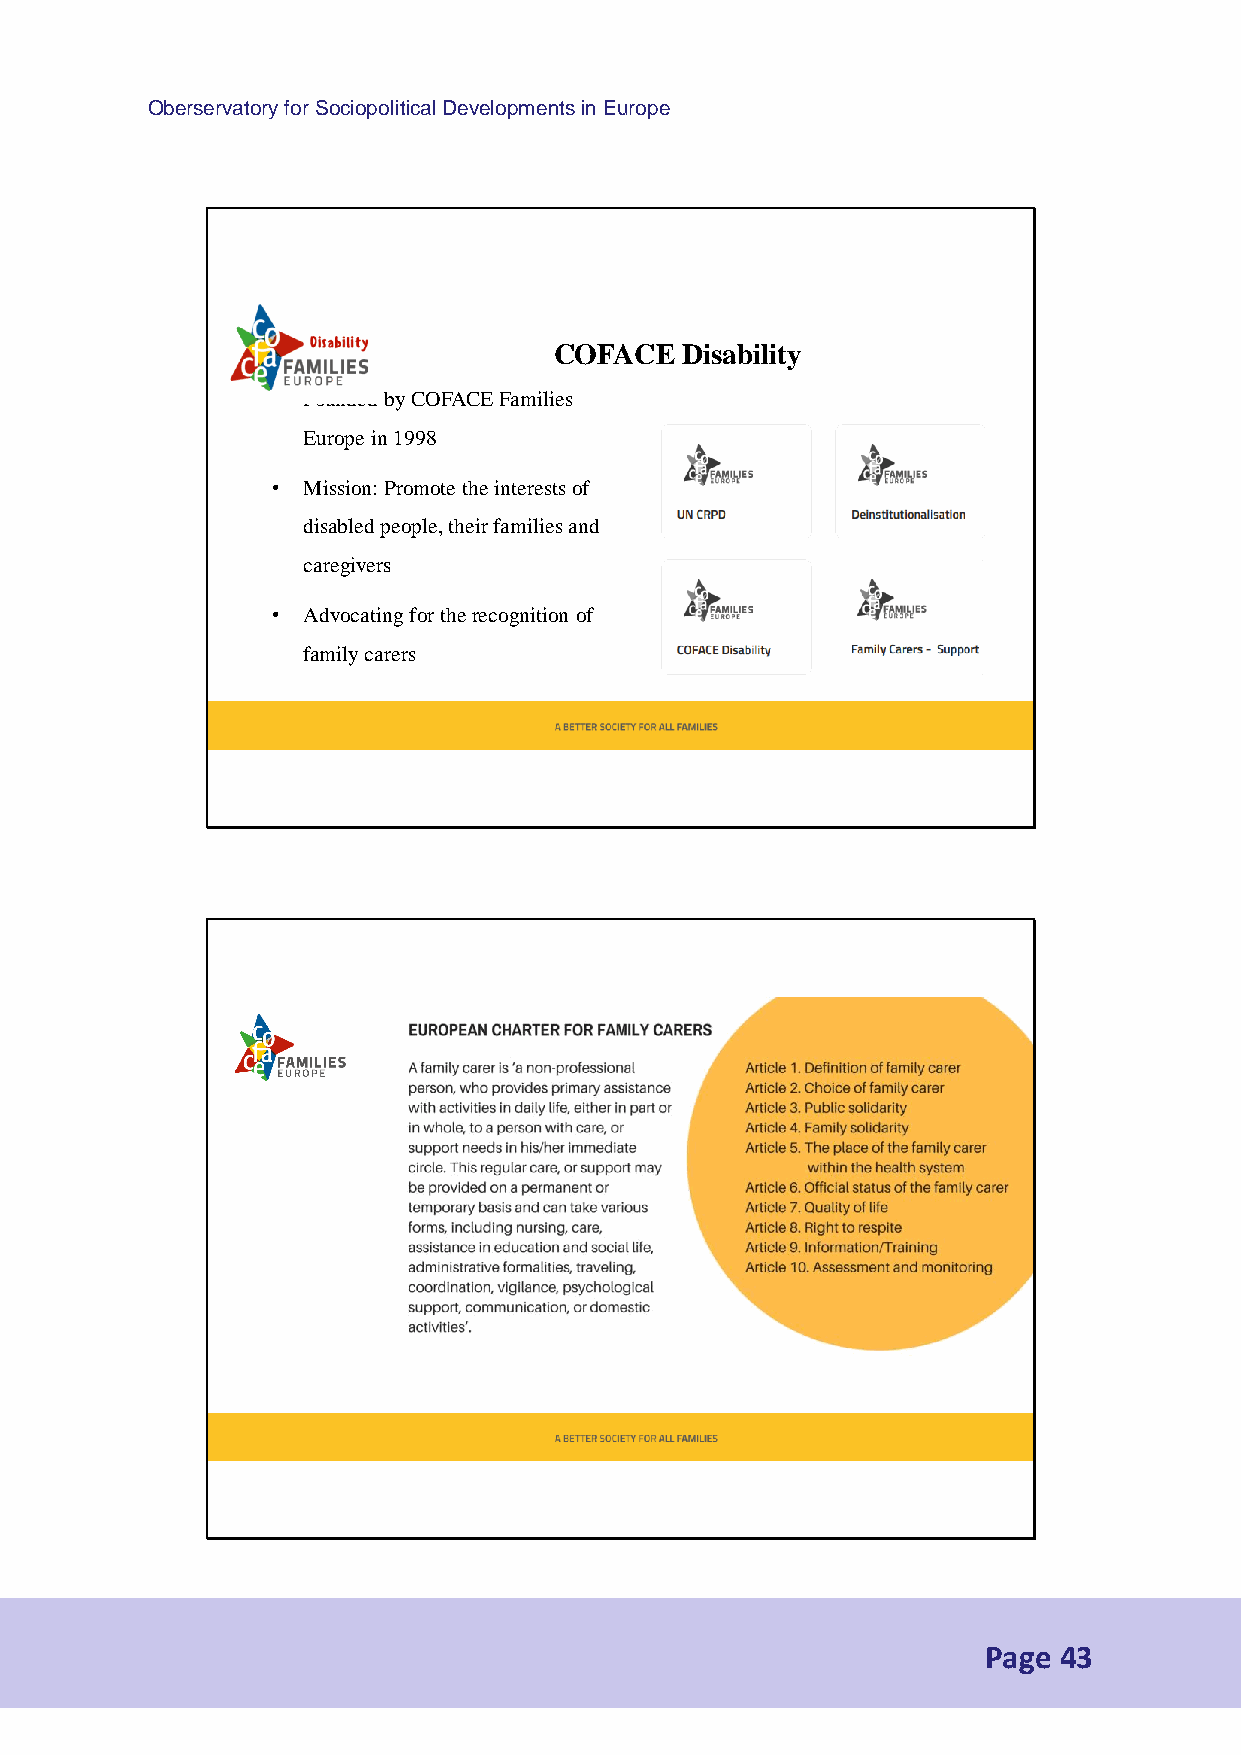
Oberservatory for Sociopolitical Developments in Europe
 COFACE  Disability
 • Founded by COFACE Families
 Europe in 1998
 • Mission: Promote the interests of
 disabled people, their families and
 caregivers
 • Advocating for therecognition of
 family carers
 Page 43